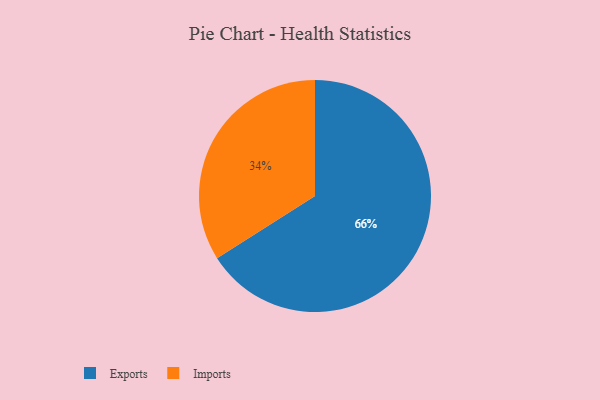
{"axis": {"x": "Category", "y": "Percentage"}, "legend": ["Exports", "Imports"], "data": [{"x": "Imports", "y": 34, "type": "Imports"}, {"x": "Exports", "y": 66, "type": "Exports"}]}